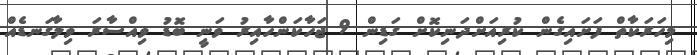
މިހަރަކާތް ފަށައިގެން ކުރިއަށްދަނިކޮށް ގަޑިން 9 ޖަހާކަންހާއިރު ވަނީ ބޮޑު ވިއްސާރަ ވިލާގަނޑެއް